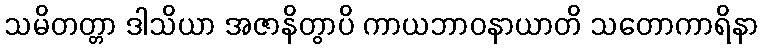
သမိတတ္တာ ဒါသိယာ အဇာနိတွာပိ ကာယဘာဝနာယာတိ သတောကာရိနာ